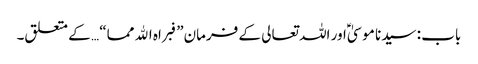
باب : سیدنا موسیٰؑ اور اللہ تعالی کے فرمان”فبراہ الله مما“ … کے متعلق۔